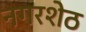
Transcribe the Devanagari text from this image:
नगरशेठ